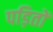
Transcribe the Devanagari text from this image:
पड़ितों